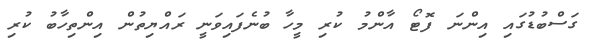
ގަސްބުޑުގައި އިންނަ ފޮޓޯ އާންމު ކުރި މީހާ ބުނެފައިވަނީ ރައްޔިތުން އިންތިހާބު ކުރި